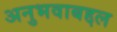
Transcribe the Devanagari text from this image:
अनुभवाबद्दल